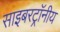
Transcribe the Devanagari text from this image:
साइबरट्राॅनीय